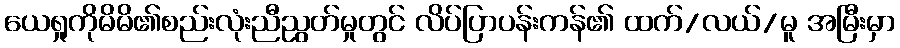
ယေရှုကိုမိမိ၏စည်းလုံးညီညွတ်မှုတွင် လိပ်ပြာပန်းကန်၏ ထက်/လယ်/မူ အမြီးမှာ